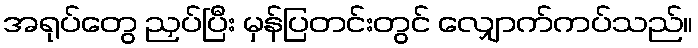
အရုပ်တွေ ညှပ်ပြီး မှန်ပြတင်းတွင် လျှောက်ကပ်သည်။